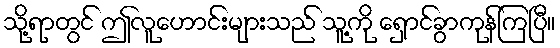
သို့ရာတွင် ဤလူဟောင်းများသည် သူ့ကို ရှောင်ခွာကုန်ကြပြီ။